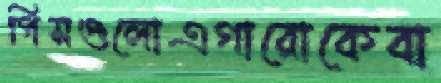
পিসগুলোএগারোকেবা